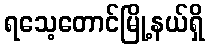
ရသေ့တောင်မြို့နယ်ရှိ